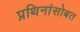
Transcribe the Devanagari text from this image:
प्रथिनांसोबत